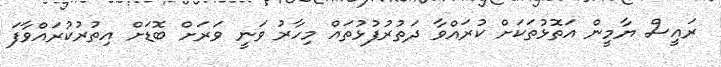
ރައީސް ޔާމީން އަތޮޅުތަކަށް ކުރައްވާ ދަތުރުފުޅުތައް މިހާރު ވަނީ ވަރަށް ބޮޑަށް އިތުރުކުރައްވާފަ